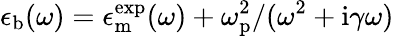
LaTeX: \epsilon_{\mathrm{b}}(\omega)=\epsilon_{\mathrm{m}}^{\mathrm{exp}}(\omega)+\omega_{\mathrm{p}}^{2}/(\omega^{2}+\mathrm{i}\gamma\omega)